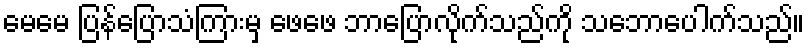
မေမေ ပြန်ပြောသံကြားမှ ဖေဖေ ဘာပြောလိုက်သည်ကို သဘောပေါက်သည်။